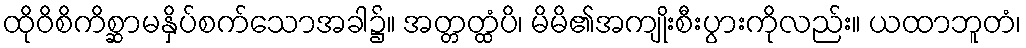
ထိုဝိစိကိစ္ဆာမနှိပ်စက်သောအခါ၌။ အတ္တတ္ထံပိ၊ မိမိ၏အကျိုးစီးပွားကိုလည်း။ ယထာဘူတံ၊